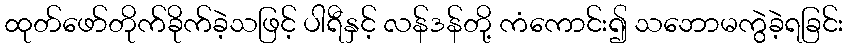
ထုတ်ဖော်တိုက်ခိုက်ခဲ့သဖြင့် ပါရီနှင့် လန်ဒန်တို့ ကံကောင်း၍ သဘောမကွဲခဲ့ရခြင်း